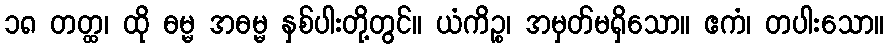
၁၈ တတ္ထ၊ ထို ဓမ္မ အဓမ္မ နှစ်ပါးတို့တွင်။ ယံကိဉ္စ၊ အမှတ်မရှိသော။ ဧကံ၊ တပါးသော။